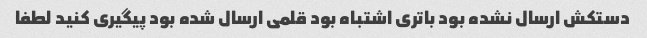
دستکش ارسال نشده بود باتری اشتباه بود قلمی ارسال شده بود پیگیری کنید لطفا